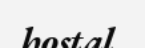
hostal